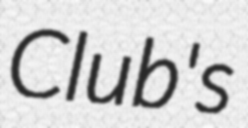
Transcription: Club's